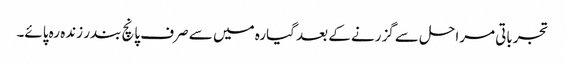
تجرباتی مراحل سے گزرنے کے بعد گیارہ میں سے صرف پانچ بندر زندہ رہ پائے۔